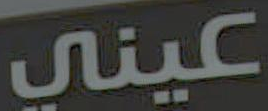
عيني